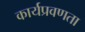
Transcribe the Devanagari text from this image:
कार्यप्रवणता